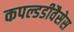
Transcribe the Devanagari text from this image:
कपल्डडीवैसेस